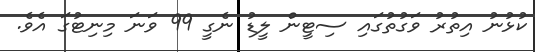
ކުޅުނު އިތުރު ވަގުތުގައި ސިޓީން ލީޑު ނެގީ 99 ވަނަ މިނިޓުގަ އެވެ.